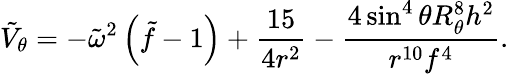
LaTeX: \tilde{V}_{\theta}=-\tilde{\omega}^{2}\left(\tilde{f}-1\right)+{\frac{15}{4r^{2}}}-{\frac{4\sin^{4}\theta R_{\theta}^{8}{h}^{2}}{r^{10}f^{4}}}.